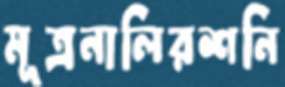
মূত্রনালিরশনি